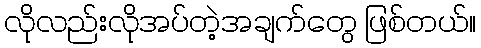
လိုလည်းလိုအပ်တဲ့အချက်တွေ ဖြစ်တယ်။